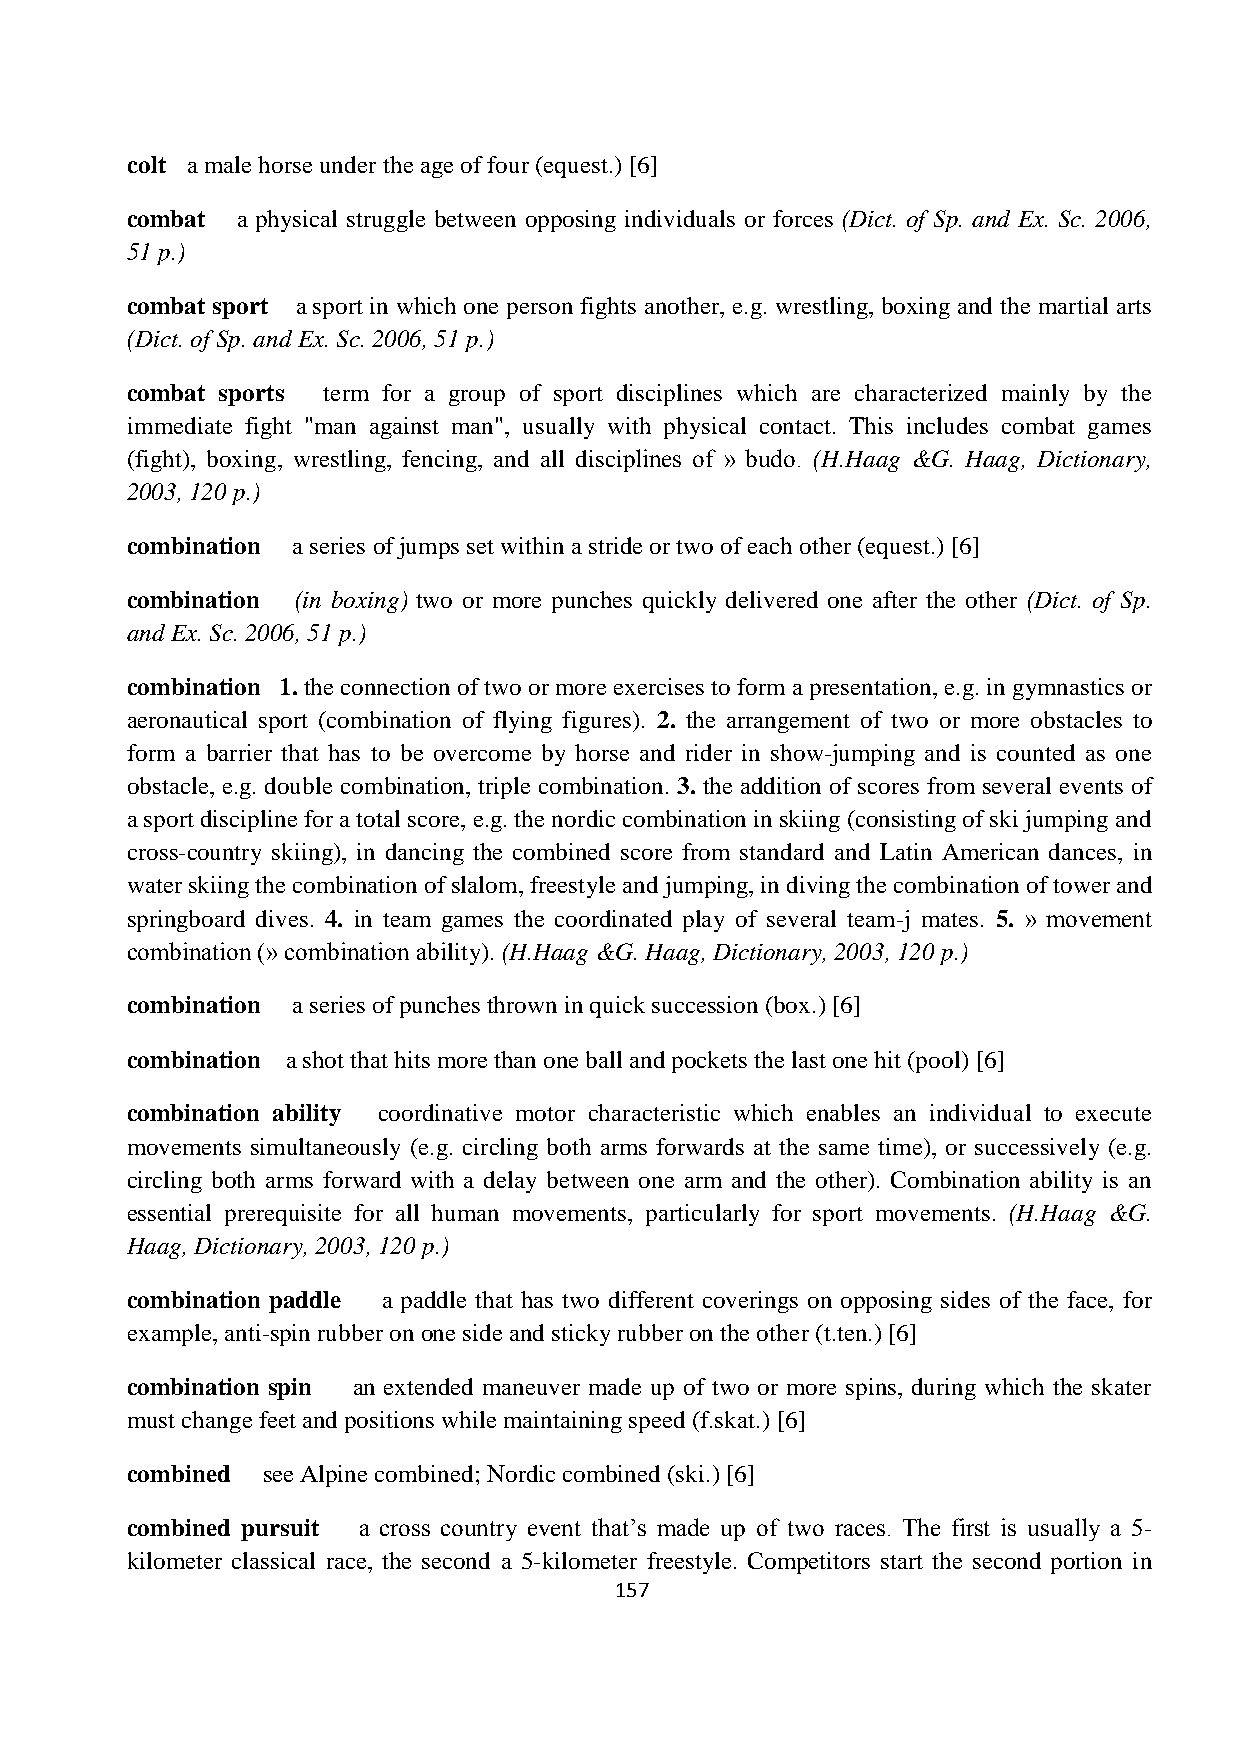
colt a male horse under the age of four (equest.) [6]
 combat  a physical struggle between opposing individuals or forces (Dict. of Sp. and Ex. Sc. 2006,
 51 p.)
 combat sport a sport in which one person fights another, e.g. wrestling, boxing and the martial arts
 (Dict. of Sp. and Ex. Sc. 2006, 51 p.)
 combat sports term for a group of sport disciplines which are characterized mainly by the
 immediate fight "man against man", usually with physical contact. This includes combat games
 (fight), boxing, wrestling, fencing, and all disciplines of » budo. (H.Haag &G. Haag, Dictionary,
 2003, 120 p.)
 combination a series of jumps set within a stride or two of each other (equest.) [6]
 combination (in boxing) two or more punches quickly delivered one after the other (Dict. of Sp.
 and Ex. Sc. 2006, 51 p.)
 combination 1. the connection of two or more exercises to form a presentation, e.g. in gymnastics or
 aeronautical sport (combination of flying figures). 2. the arrangement of two or more obstacles to
 form a barrier that has to be overcome by horse and rider in show-jumping and is counted as one
 obstacle, e.g. double combination, triple combination. 3. the addition of scores from several events of
 a sport discipline for a total score, e.g. the nordic combination in skiing (consisting of ski jumping and
 cross-country skiing), in dancing the combined score from standard and Latin American dances, in
 water skiing the combination of slalom, freestyle and jumping, in diving the combination of tower and
 springboard dives. 4. in team games the coordinated play of several team-j mates. 5. » movement
 combination (» combination ability). (H.Haag &G. Haag, Dictionary, 2003, 120 p.)
 combination a series of punches thrown in quick succession (box.) [6]
 combination a shot that hits more than one ball and pockets the last one hit (pool) [6]
 combination ability coordinative motor characteristic which enables an individual to execute
 movements simultaneously (e.g. circling both arms forwards at the same time), or successively (e.g.
 circling both arms forward with a delay between one arm and the other). Combination ability is an
 essential prerequisite for all human movements, particularly for sport movements. (H.Haag &G.
 Haag, Dictionary, 2003, 120 p.)
 combination paddle a paddle that has two different coverings on opposing sides of the face, for
 example, anti-spin rubber on one side and sticky rubber on the other (t.ten.) [6]
 combination spin an extended maneuver made up of two or more spins, during which the skater
 must change feet and positions while maintaining speed (f.skat.) [6]
 combined see Alpine combined; Nordic combined (ski.) [6]
 combined pursuit a cross country event that’s made up of two races. The first is usually a 5-
 kilometer classical race, the second a 5-kilometer freestyle. Competitors start the second portion in
 157